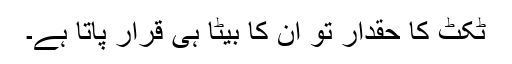
ٹکٹ کا حقدار تو ان کا بیٹا ہی قرار پاتا ہے۔